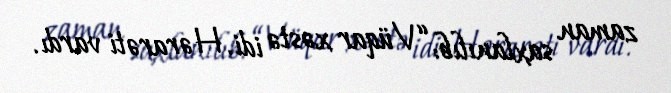
zaman saxlanılıb: “Vüqar xəstə idi. Hərarəti vardı.